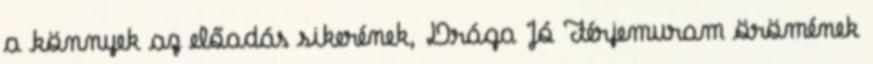
a könnyek az előadás sikerének, Drága Jó Férjemuram örömének